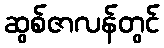
ဆွစ်ဇာလန်တွင်